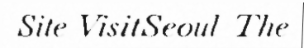
Site VisitSeoul  The